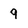
Character: 9